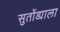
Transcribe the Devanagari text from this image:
सुतोंड्याला